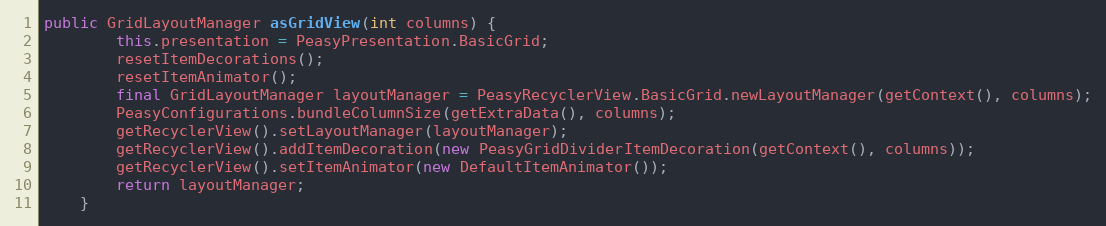
Language: Java
public GridLayoutManager asGridView(int columns) {
        this.presentation = PeasyPresentation.BasicGrid;
        resetItemDecorations();
        resetItemAnimator();
        final GridLayoutManager layoutManager = PeasyRecyclerView.BasicGrid.newLayoutManager(getContext(), columns);
        PeasyConfigurations.bundleColumnSize(getExtraData(), columns);
        getRecyclerView().setLayoutManager(layoutManager);
        getRecyclerView().addItemDecoration(new PeasyGridDividerItemDecoration(getContext(), columns));
        getRecyclerView().setItemAnimator(new DefaultItemAnimator());
        return layoutManager;
    }